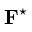
\mathbf { F } ^ { \star }